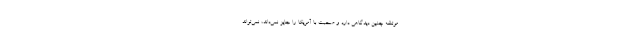
موتلفه چنین دیدگاهی دارد و صحبت با آمریکا را جایز نمی‌داند، نمی‌تواند